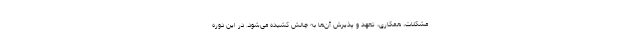
مشکلات، همکاری، تعهد و پذیرش آن‌ها به چالش کشیده می‌شود. در این دوره